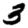
Digit: 3